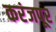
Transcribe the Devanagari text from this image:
करंजपूर